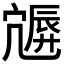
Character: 𡪮